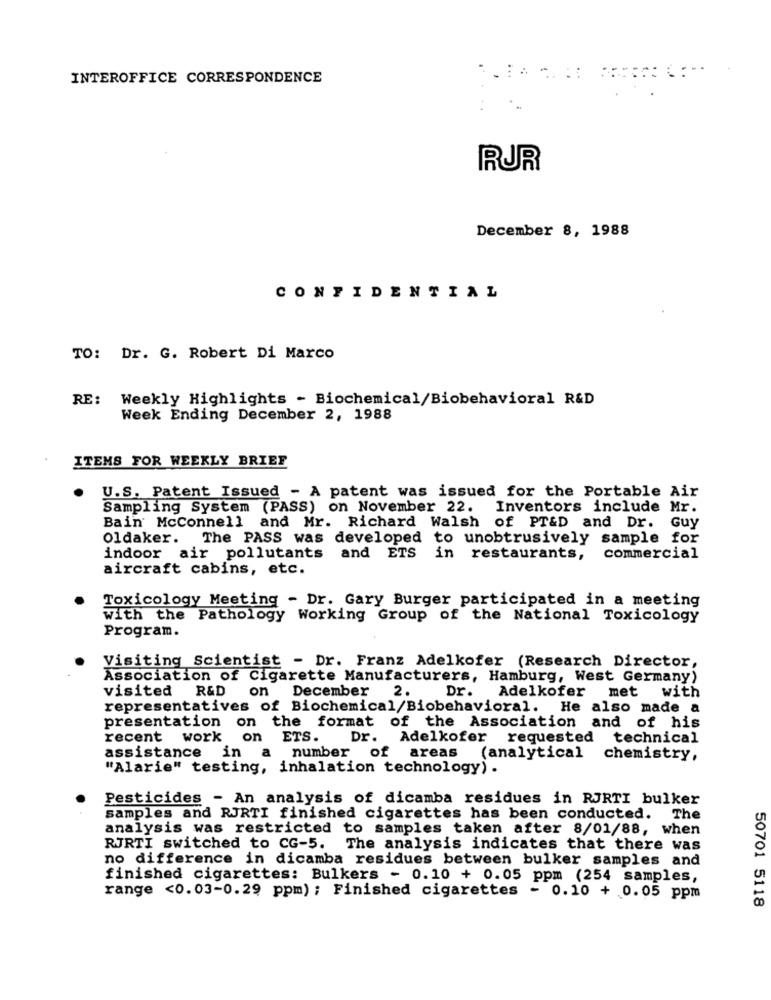
INTEROFFICE CORRESPONDENCE
....::
RUR
December 8, 1988
CONFIDENTIAL
TO: Dr. G. Robert Di Marco
RE: Weekly Highlights - Biochemical/Biobehavioral R&D
Week Ending December 2, 1988
ITEMS FOR WEEKLY BRIEF
U.S. Patent Issued - A patent was issued for the Portable Air
Sampling System (PASS) on November 22.
Inventors include Mr.
Bain McConnell and Mr. Richard Walsh of PT&D and Dr. Guy
Oldaker.
The PASS was developed to unobtrusively sample for
indoor air pollutants and ETS in restaurants,
commercial
aircraft cabins, etc.
Toxicology Meeting - Dr. Gary Burger participated in a meeting
with the Pathology Working Group of the National Toxicology
Program.
Visiting Scientist - Dr. Franz Adelkofer (Research Director,
Association of Cigarette Manufacturers, Hamburg, West Germany)
visited
R&D
on
December
2.
Dr.
with
Adelkofer met
representatives of Biochemical/Biobehavioral. He also made a
presentation on the format of the Association and of his
recent work on ETS.
Dr. Adelkofer
requested
technical
assistance in
a number of areas
(analytical
chemistry,
"Alarie" testing, inhalation technology) .
Pesticides - An analysis of dicamba residues in RJRTI bulker
samples and RJRTI finished cigarettes has been conducted. The
analysis was restricted to samples taken after 8/01/88, when
RJRTI switched to CG-5. The analysis indicates that there was
no difference in dicamba residues between bulker samples and
finished cigarettes: Bulkers - 0.10 + 0.05 ppm (254 samples,
range <0.03-0.29 ppm) ; Finished cigarettes - 0.10 +0.05 ppm
50701 5118